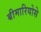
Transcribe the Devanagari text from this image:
बीमारियोसे